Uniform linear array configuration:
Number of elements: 4
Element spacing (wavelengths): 0.25
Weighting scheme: uniform
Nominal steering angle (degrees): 15
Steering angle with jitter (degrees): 16.157
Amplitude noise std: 0.05
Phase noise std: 0.05

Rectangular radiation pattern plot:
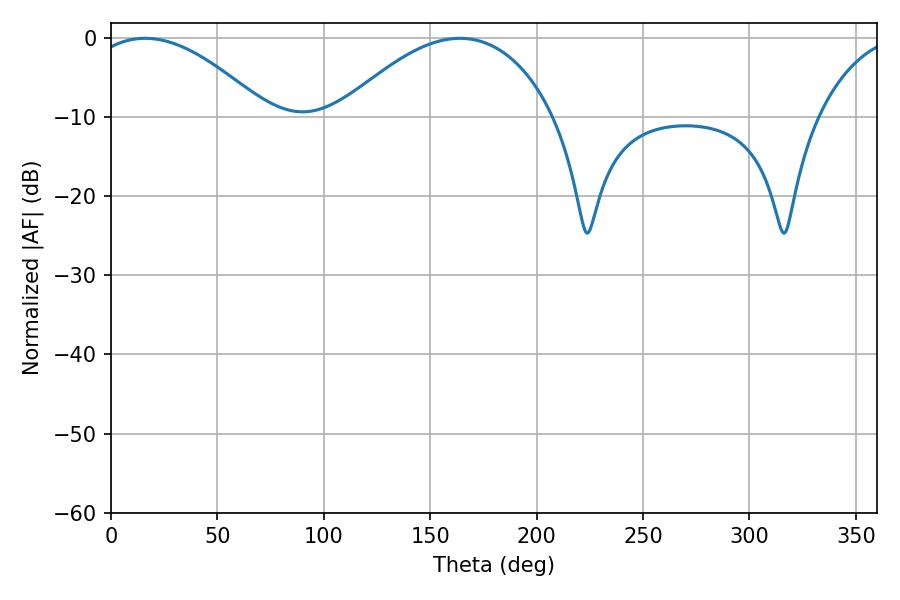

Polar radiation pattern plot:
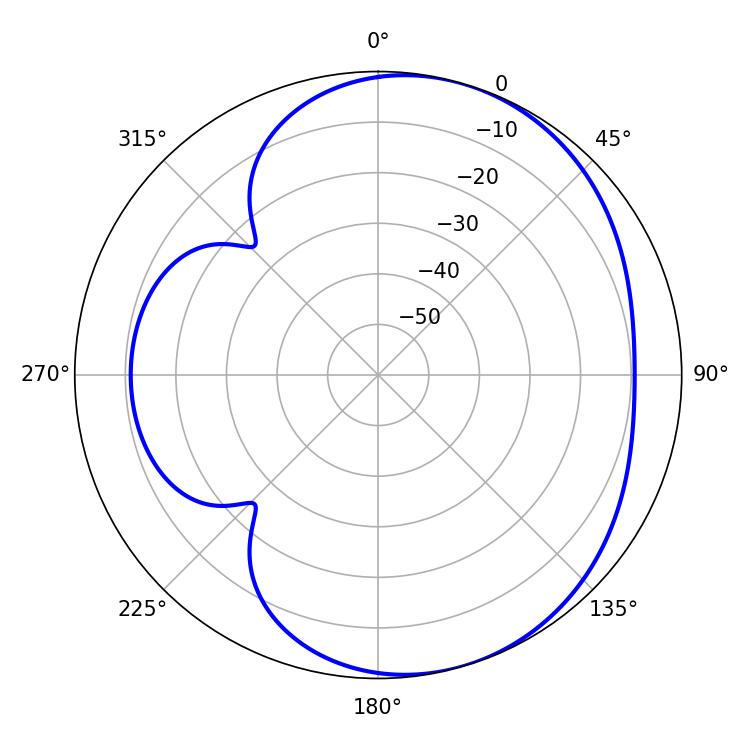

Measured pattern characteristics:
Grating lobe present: FALSE
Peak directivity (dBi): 4.884
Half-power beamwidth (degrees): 46.44
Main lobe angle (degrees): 16.02